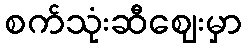
စက်သုံးဆီဈေးမှာ